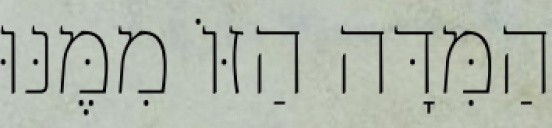
הַמִּדָּה הַזּוֹ מִמֶּנּוּ